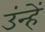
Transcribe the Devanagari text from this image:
उंन्हें